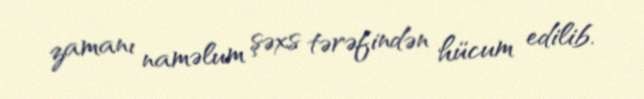
zamanı naməlum şəxs tərəfindən hücum edilib.